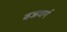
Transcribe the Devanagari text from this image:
वज्रधर्म